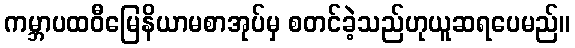
ကမ္ဘာပထဝီမြေနိယာမစာအုပ်မှ စတင်ခဲ့သည်ဟုယူဆရပေမည်။